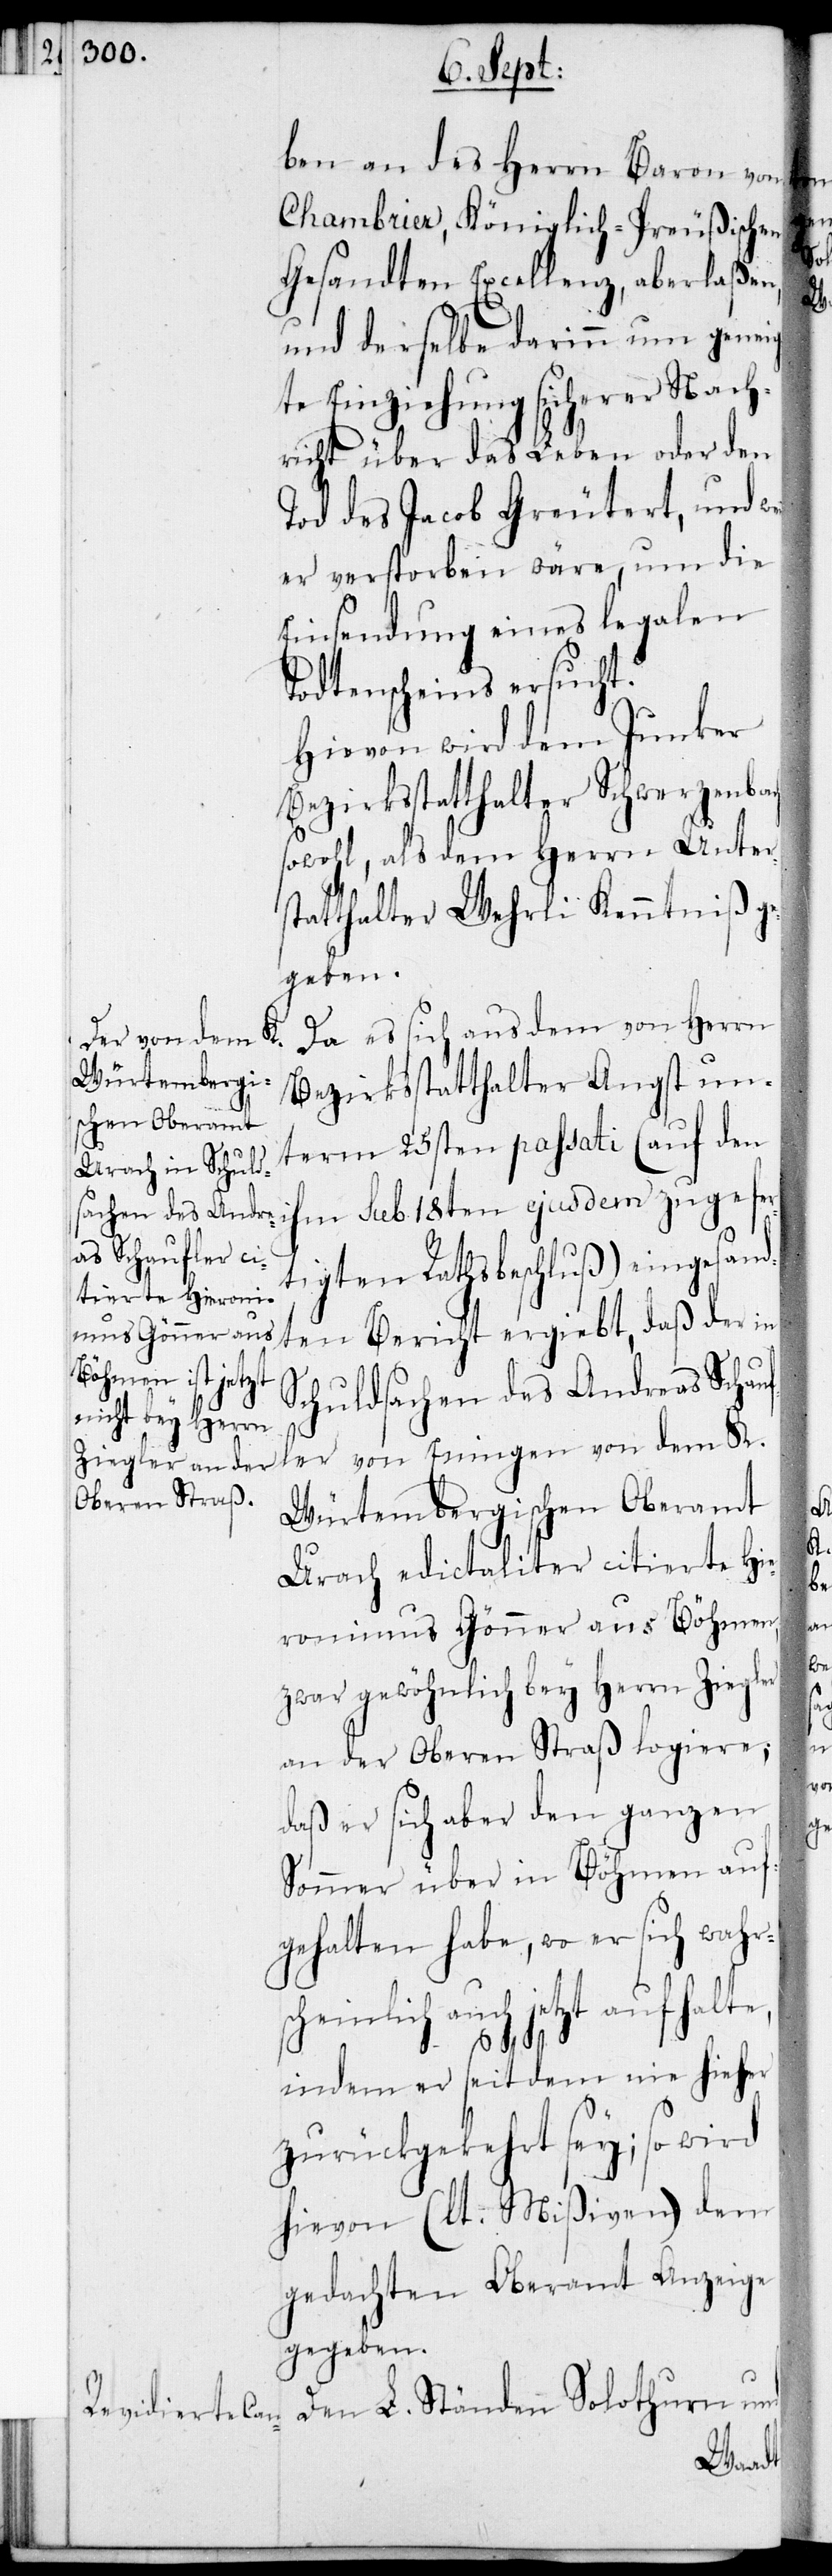
ben des Herrn Baron von
Chambrier, Königlich-Preußischen
Gesandten Excellenz, aberlaßen,
und derselbe darinn um genei¬
gte Einziehung sicherer Nach¬
richt über das Leben oder den
Tod des Jacob Greutert, und
er verstorben wäre, um die
Einsendung eines legalen
Todtenscheins ersucht.
Hievon wird dem Junker
Bezirksstatthalter Schwerzenbach
sowohl, als dem Herrn Unter¬
statthalter Wehrli Kenntniß
Da es sich aus dem von Herrn
Bezirksstatthalter Angst un¬
term 25sten passati (auf den
ihm sub 18ten ejusdem zugefer¬
tigten Rathsbeschluß) eingesandt¬
en Bericht ergiebt, daß der in
othurn und
Schuldfragen des Andreas Schauf¬
ler von Eningen von dem K.
Württembergischen Oberamt
Urach edictaliter citierte Hie¬
ronimus Gönner aus Böhmen,
zwar gewöhnlich bey Herrn Ziegler
an der Oberen Straß logiere;
daß er sich aber den ganzen
Sommer über in Böhmen auf¬
gehalten habe, wo er sich wahrs¬
cheinlich auch jetzt aufhalte,
indem er seit dem nie hieher
zurückgekehrt sey; so wird
hievon (lt. Mißiven) dem
gedachten Oberamt Anzeige
gegeben.